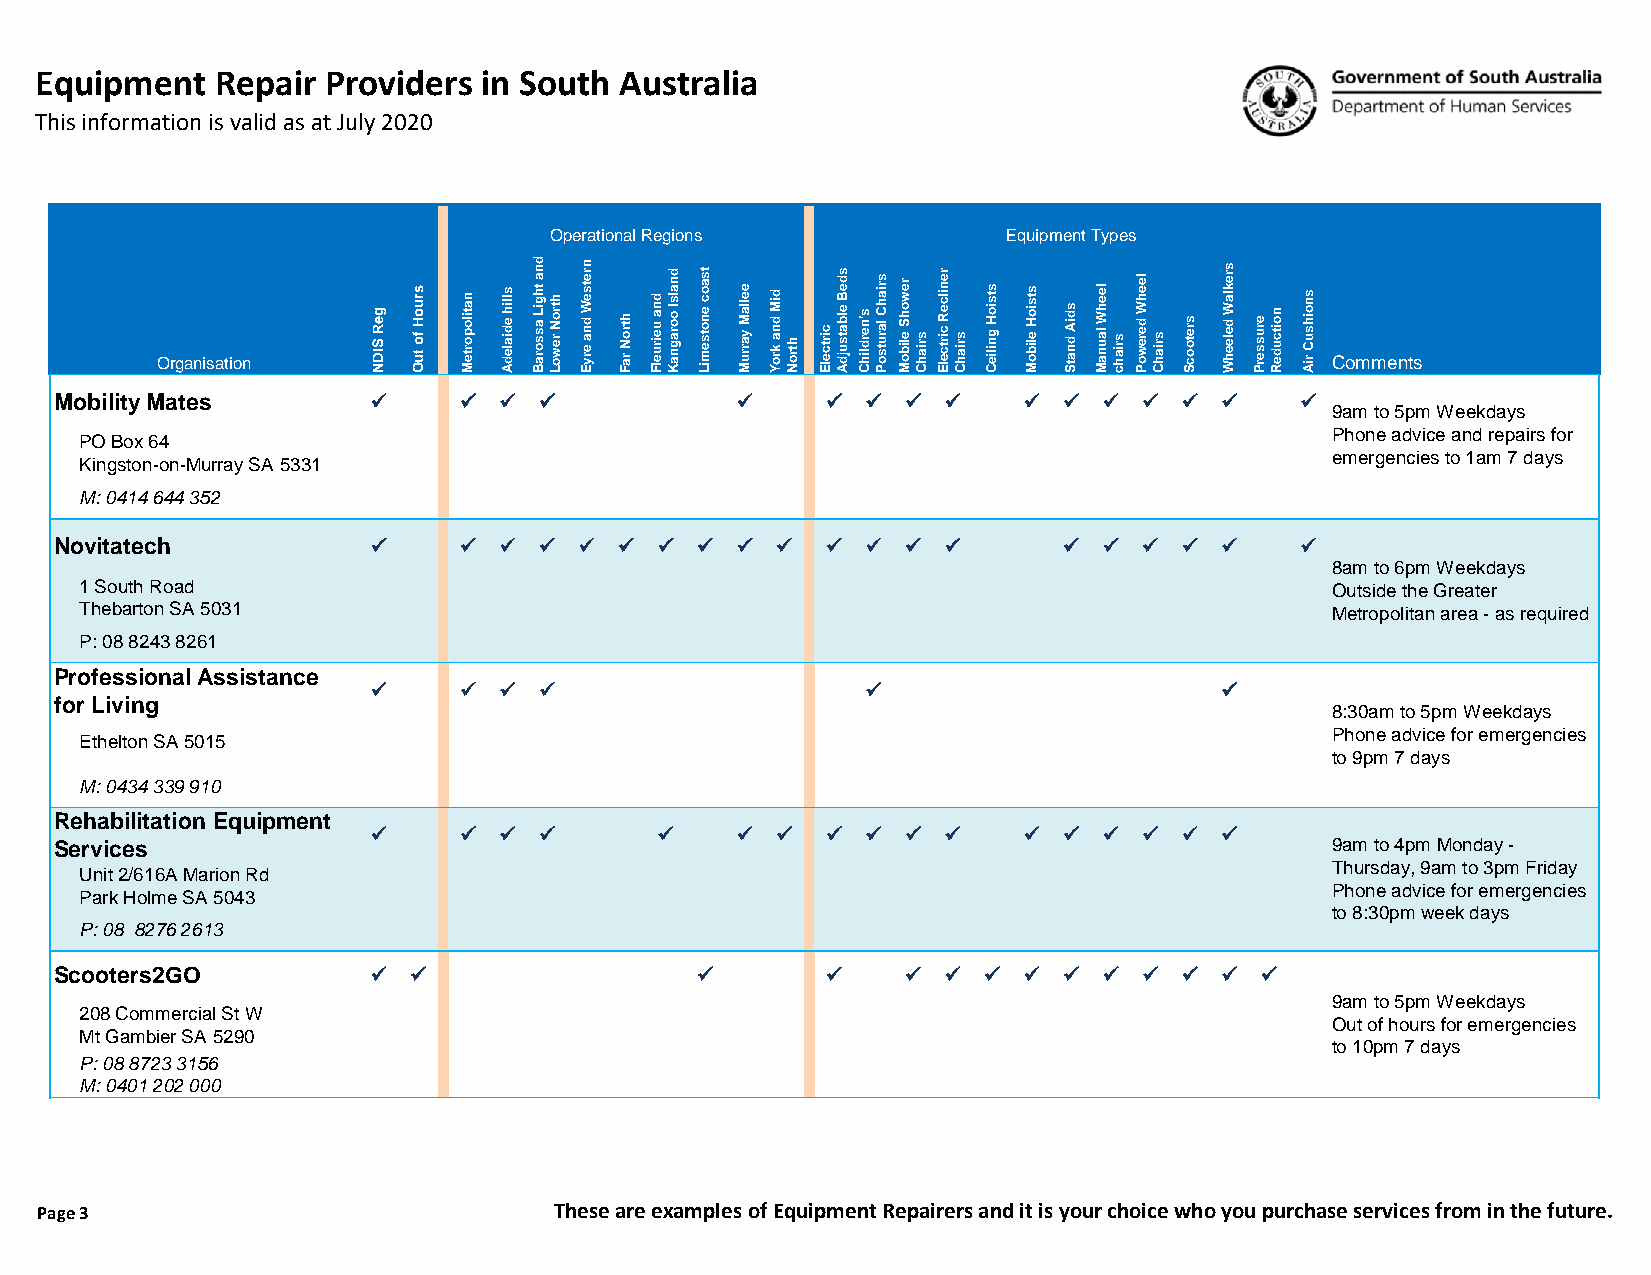
Equipment   Repair Providers  in South Australia
 This information is valid as at July 2020
 Operational Regions            Equipment Types
 Organisation   g e R S ID N s ru o H fo tu O n a tilo p o rte M s llih e d ia le d A d n a th g iL a s s o ra Bh tro N re w o L n re ts e W d n a e ry E h tro N ra F d n a u e iru e lFd n a ls I o o ra g n a K ts a o c e n o ts e m iL e e lla M y a rru M d iM d n a k ro Yh tro N c irtc e lEs d e B e lb a ts u jd A s 'n e rd lih Cs ria h C la ru ts o P re w o h S e lib o Ms ria h C re n ilc e R c irtc e lEs ria h C s ts io H g n ilie C s ts io H e lib o M s d iA d n a tS le e h W la u n a Ms ria h c le e h W d e re w o Ps ria h C s re to o c S s re k la W d e le e h W e ru s s e rP n o itc u d e R s n o ih s u C riA Comments
 Mobility Mates       ✓    ✓  ✓  ✓            ✓     ✓ ✓  ✓ ✓     ✓ ✓  ✓  ✓ ✓  ✓    ✓
 9am to 5pm Weekdays
 Phone advice and repairs for
 PO Box 64
 emergencies to 1am 7 days
 Kingston-on-Murray SA 5331
 M: 0414 644 352
 Novitatech           ✓    ✓  ✓  ✓ ✓  ✓  ✓ ✓  ✓ ✓   ✓ ✓  ✓ ✓       ✓  ✓  ✓ ✓  ✓    ✓
 8am to 6pm Weekdays
 1 South Road                                                                       Outside the Greater
 Thebarton SA 5031                                                                  Metropolitan area - as required
 P: 08 8243 8261
 Professional Assistance
 ✓    ✓  ✓  ✓                    ✓                       ✓
 for Living
 8:30am to 5pm Weekdays
 Phone advice for emergencies
 Ethelton SA 5015
 to 9pm 7 days
 M: 0434 339 910
 Rehabilitation Equipment
 ✓    ✓  ✓  ✓       ✓    ✓ ✓   ✓ ✓  ✓ ✓     ✓ ✓  ✓  ✓ ✓  ✓
 Services                                                                            9am to 4pm Monday -
 Thursday, 9am to 3pm Friday
 Unit 2/616A Marion Rd
 Phone advice for emergencies
 Park Holme SA 5043
 to 8:30pm week days
 P: 08 8276 2613
 Scooters2GO          ✓ ✓                  ✓        ✓    ✓ ✓  ✓  ✓ ✓  ✓  ✓ ✓  ✓ ✓
 9am to 5pm Weekdays
 208 Commercial St W
 Out of hours for emergencies
 Mt Gambier SA 5290
 to 10pm 7 days
 P: 08 8723 3156
 M: 0401 202 000
 Page 3                             These are examples of Equipment Repairers and it is your choice who you purchase services from in the future.